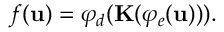
f ( \mathbf { u } ) = \varphi _ { d } ( \mathbf { K } ( \varphi _ { e } ( \mathbf { u } ) ) ) .